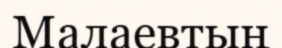
Малаевтың